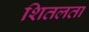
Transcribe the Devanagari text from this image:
शितलता